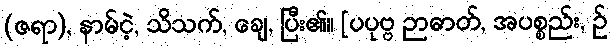
(ဇရာ), နာမ်ငဲ့, သိသက်, ချေ, ပြီး၏။ [ပပုဗ္ဗ ဉာဓာတ်, အပစ္စည်း, ဉ်